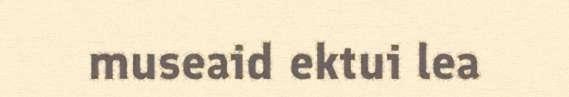
museaid ektui lea